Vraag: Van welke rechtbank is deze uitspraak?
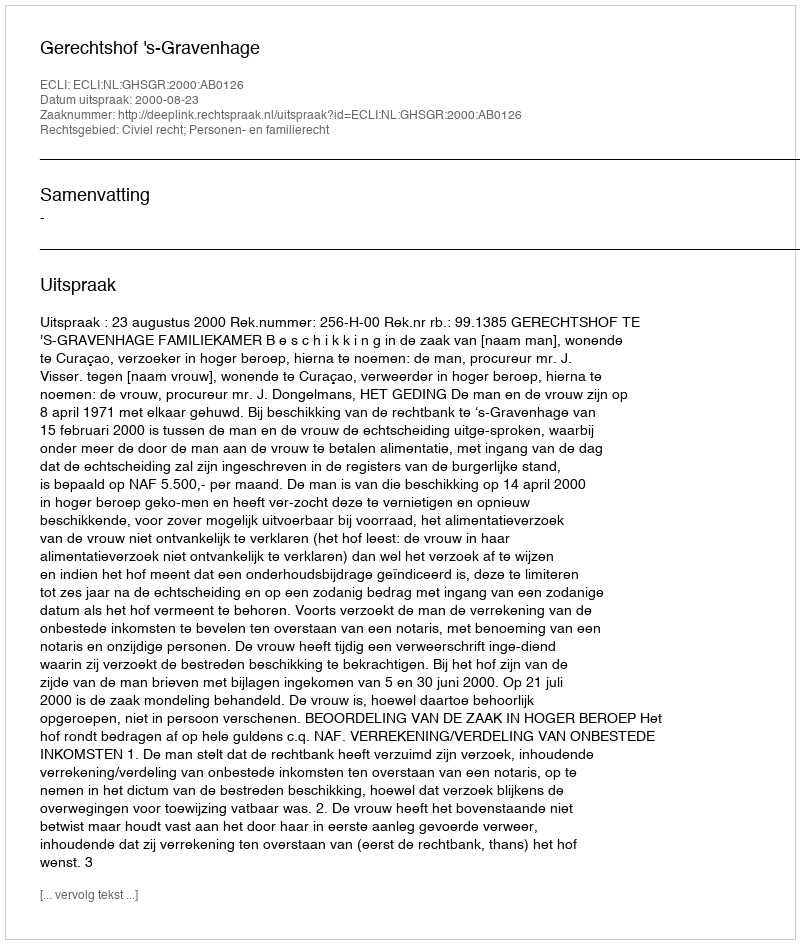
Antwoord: Gerechtshof 's-Gravenhage